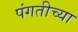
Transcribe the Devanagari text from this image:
पंगतीच्या